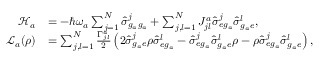
\begin{array} { r l } { \mathcal { H } _ { a } } & { = - \hbar \omega _ { a } \sum _ { j = 1 } ^ { N } \hat { \sigma } _ { g _ { a } g _ { a } } ^ { j } + \sum _ { j , l = 1 } ^ { N } J _ { j l } ^ { a } \hat { \sigma } _ { e g _ { a } } ^ { j } \hat { \sigma } _ { g _ { a } e } ^ { l } , } \\ { \mathcal { L } _ { a } ( \rho ) } & { = \sum _ { j , l = 1 } ^ { N } \frac { \Gamma _ { j l } ^ { a } } { 2 } \left( 2 \hat { \sigma } _ { g _ { a } e } ^ { j } \rho \hat { \sigma } _ { e g _ { a } } ^ { l } - \hat { \sigma } _ { e g _ { a } } ^ { j } \hat { \sigma } _ { g _ { a } e } ^ { l } \rho - \rho \hat { \sigma } _ { e g _ { a } } ^ { j } \hat { \sigma } _ { g _ { a } e } ^ { l } \right) , } \end{array}